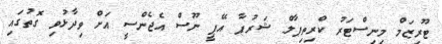
ޓޫރިޒަމް މިނިސްޓަރު ކްރިތިޕާލް ޝަރުޕާ އޭޕީ ނޫސް އެޖެންސީ އަށް ވިދާޅުވި ގޮތުގައި